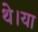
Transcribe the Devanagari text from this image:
थे।या